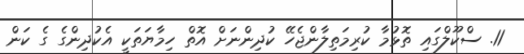
11. ސްކޫލްގައި ތޮޅުމާ ކުރިމަތިލާންޖެހޭ ކުދިންނަށް އޮތް ހިމާޔަތަކީ އެކުދިންގެ ގެ ކަން